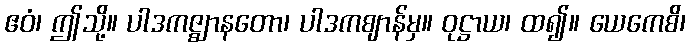
ဧဝံ၊ ဤသို့။ ပါဒကဇ္ဈာနတော၊ ပါဒကဈာန်မှ။ ဝုဋ္ဌာယ၊ ထ၍။ ယေကေစိ၊